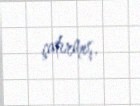
çatırmış.